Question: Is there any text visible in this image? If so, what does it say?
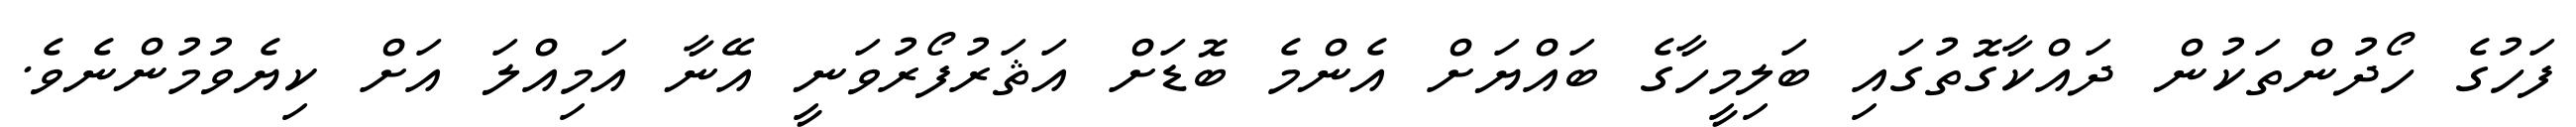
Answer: ފަހުގެ ހޯދުންތަކުން ދައްކާގޮތުގައި ބަލިމީހާގެ ބައްޔަށް އެންމެ ބޮޑަށް އަޘަރުފޯރުވަނީ އޭނާ އަމިއްލަ އަށް ކިޔެވުމުންނެވެ.